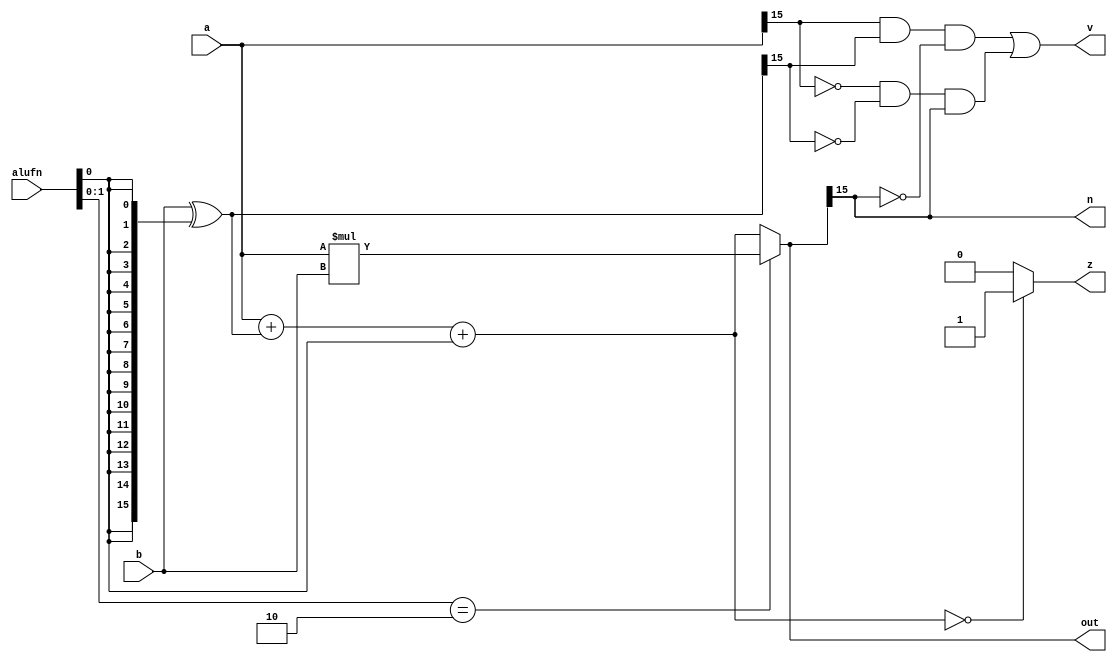
/*
   This file was generated automatically by the Mojo IDE version B1.3.6.
   Do not edit this file directly. Instead edit the original Lucid source.
   This is a temporary file and any changes made to it will be destroyed.
*/

module adder16_15 (
    input [15:0] a,
    input [15:0] b,
    input [5:0] alufn,
    output reg [15:0] out,
    output reg z,
    output reg v,
    output reg n
  );
  
  
  
  reg [15:0] s;
  
  reg [15:0] xb;
  
  always @* begin
    s = 1'h0;
    z = 1'h0;
    xb = b ^ {5'h10{alufn[0+0-:1]}};
    s = a + xb + alufn[0+0-:1];
    if (s == 1'h0) begin
      z = 1'h1;
    end
    if (alufn[0+1-:2] == 2'h2) begin
      s = a * b;
    end
    out = s;
    v = (a[15+0-:1] && xb[15+0-:1] && !s[15+0-:1]) || (!a[15+0-:1] && !xb[15+0-:1] && s[15+0-:1]);
    n = s[15+0-:1];
  end
endmodule